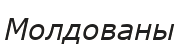
Молдованы